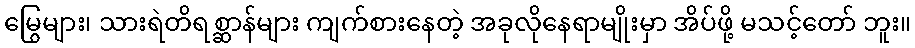
မြွေများ၊ သားရဲတိရစ္ဆာန်များ ကျက်စားနေတဲ့ အခုလိုနေရာမျိုးမှာ အိပ်ဖို့ မသင့်တော် ဘူး။